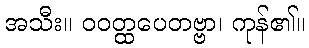
အသီး။ ဝဝတ္ထပေတဗ္ဗာ၊ ကုန်၏။